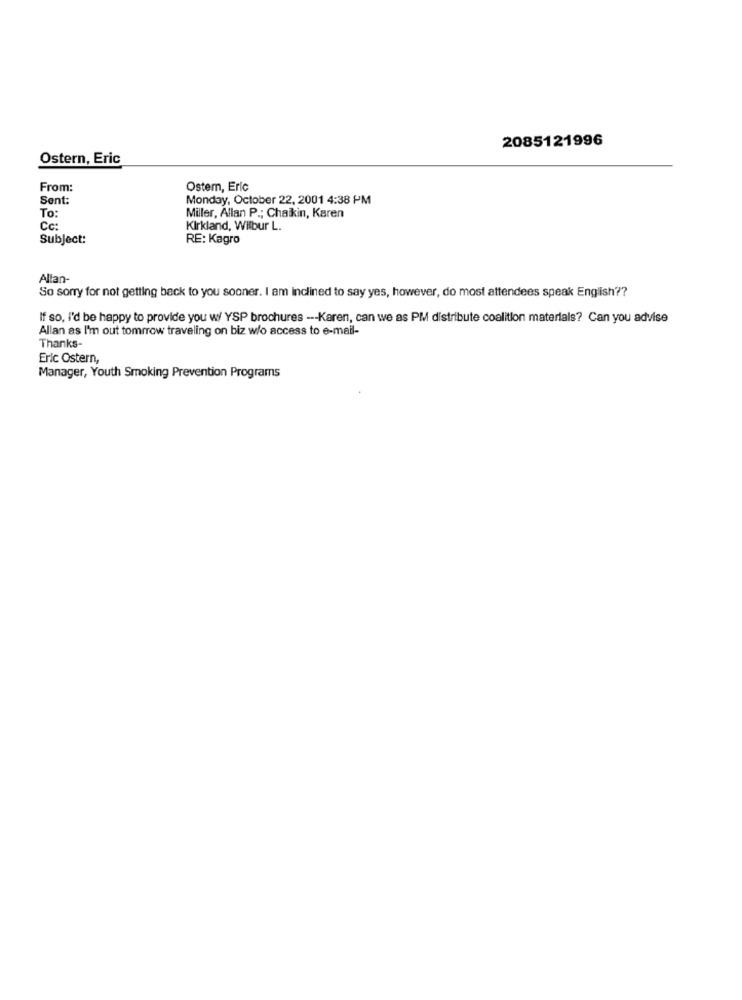
2085121996
Ostern, Eric
From:
Ostem, Eric
Sent:
Monday, October 22, 2001 4:38 PM
To:
Miller, Allan P .; Chaikin, Karen
Cc:
Kirkland, Wilbur L.
Subject:
RE: Kagro
Allan-
So sorry for not getting back to you sooner. I am inclined to say yes, however, do most attendees speak English ??
If so, I'd be happy to provide you w/ YSP brochures --- Karen, can we as PM distribute coalition materials? Can you advise
Allan as I'm out tomrrow traveling on biz w/o access to e-mail-
Thanks-
Eric Ostern,
Manager, Youth Smoking Prevention Programs